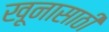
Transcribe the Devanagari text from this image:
खूनासाठी